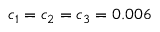
c _ { 1 } = c _ { 2 } = c _ { 3 } = 0 . 0 0 6